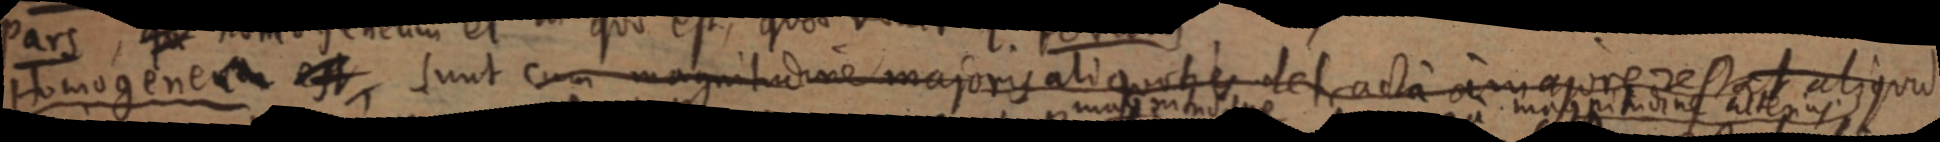
Homogenea est, sunt cum magnitudine majoris aliquoties detracta amajore restat aliquid